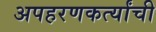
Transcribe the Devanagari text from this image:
अपहरणकर्त्यांची